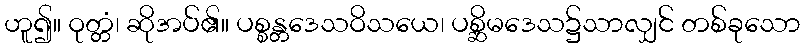
ဟူ၍။ ဝုတ္တံ၊ ဆိုအပ်၏။ ပစ္စန္တဒေသဝိသယေ၊ ပစ္ဆိမဒေသ၌သာလျှင် တစ်ခုသော